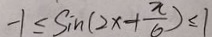
- 1 \leq \sin ( 2 x + \frac { \pi } { 6 } ) \leq 1